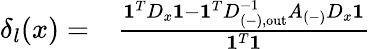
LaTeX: \begin{array}{rl}{\delta_{l}(x)=}&{{}\frac{\mathbf{1}^{T}D_{x}\mathbf{1}-\mathbf{1}^{T}D_{(-),\mathrm{{out}}}^{-1}A_{(-)}D_{x}\mathbf{1}}{\mathbf{1}^{T}\mathbf{1}}}\end{array}